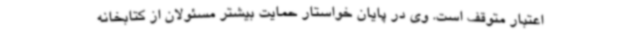
اعتبار متوقف است. وی در پایان خواستار حمایت بیشتر مسئولان از کتابخانه